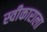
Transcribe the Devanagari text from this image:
स्वीकाराला